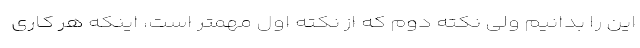
این را بدانیم ولی نکته دوم که از نکته اول مهمتر است، اینکه هر کاری